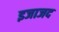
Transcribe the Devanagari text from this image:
इजाजद